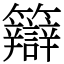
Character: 䉸